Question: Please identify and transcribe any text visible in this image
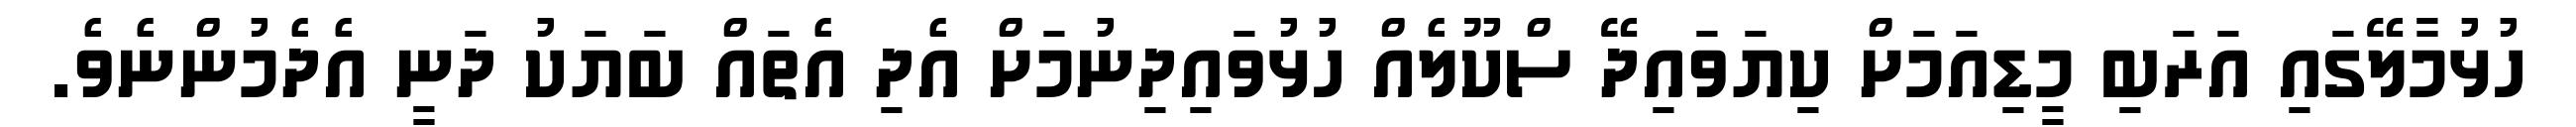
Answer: ހުޅުމާލޭގައި އަރަބި މީޑިއަމަށް ކިޔަވައިދޭ ސްކޫލެއް ހުޅުވައިދިނުމަށް އެދި އެތައް ބަޔަކު ދަނީ އެދެމުންނެވެ.